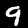
Digit: 9